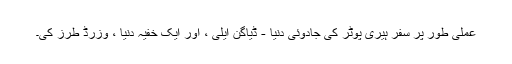
عملی طور پر سفر ہیری پوٹر کی جادوئی دنیا - ڈیاگن ایلی ، اور ایک خفیہ دنیا ، وزرڈ طرز کی۔